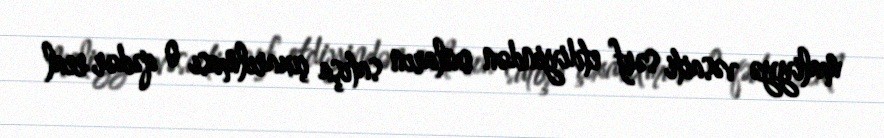
maliyyə vəsaiti sərf etdiyindən onların satışa çıxarılması o qədər real